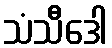
သံသီဒေါ